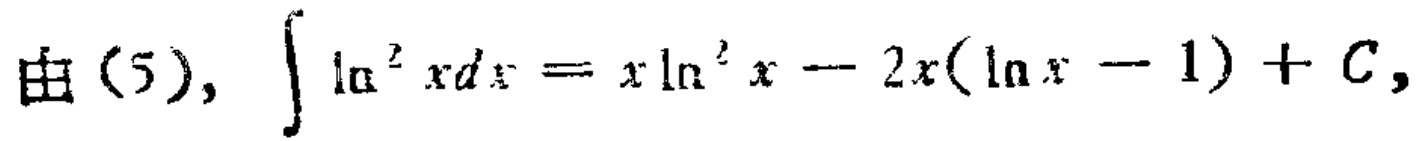
由（5）, \(\int \ln^{2} xdx = x\ln^{2} x - 2x(\ln x - 1) + C\)